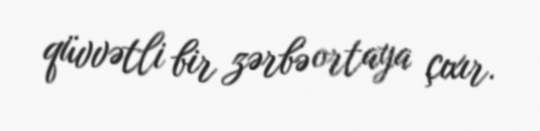
qüvvətli bir zərbə ortaya çıxır.